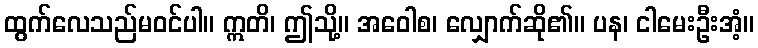
ထွက်လေသည်မဝင်ပါ။ ဣတိ၊ ဤသို့။ အဝေါစ၊ လျှောက်ဆို၏။ ပန၊ ငါမေးဦးအံ့။